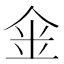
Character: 𠉓